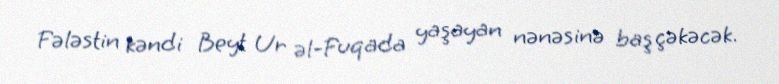
Fələstin kəndi Beyt Ur əl-Fuqada yaşayan nənəsinə baş çəkəcək.